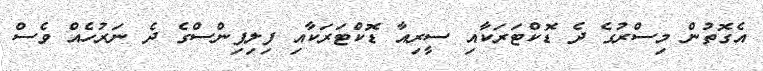
އެގޮތުން މިސްރުގެ ދެ ޑޮކްޓަރަކާއި ސީރިއާ ޑޮކްޓަރަކާއި ފިލިޕިންސްގެ ދެ ނަރުހެއް ވެސް